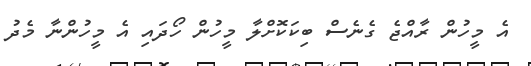
އެ މީހުން ރާއްޖެ ގެނެސް ބިކަކޮށްލާ މީހުން ހޯދައި އެ މީހުންނާ މެދު